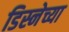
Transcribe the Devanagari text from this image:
डिस्नेच्या